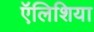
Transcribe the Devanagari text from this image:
ऍलिशिया